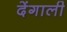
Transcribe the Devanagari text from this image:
देंगाली